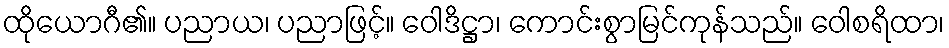
ထိုယောဂီ၏။ ပညာယ၊ ပညာဖြင့်။ ဝေါဒိဋ္ဌာ၊ ကောင်းစွာမြင်ကုန်သည်။ ဝေါစရိထာ၊